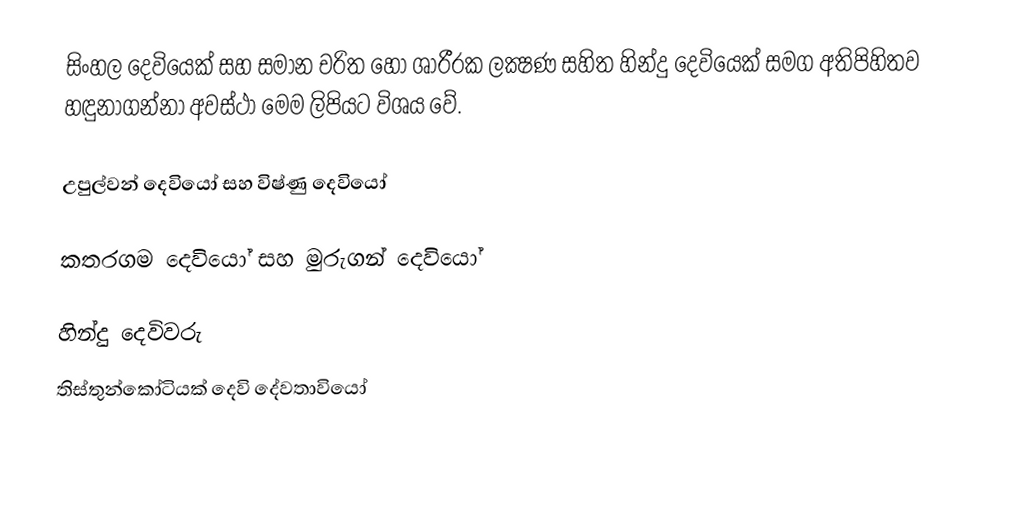
සිංහල දෙවියෙක් සහ සමාන චරිත හෝ ශාරීරක ලක්‍ෂණ සහිත හින්දු ‍දෙවියෙක් සමග අතිපිහිතව හඳුනාගන්නා අවස්ථා මෙම ලිපියට විශය වේ.

උපුල්වන් දෙවියෝ සහ විෂ්ණු දෙවියෝ

කතරගම දෙවියෝ සහ මුරුගන් දෙවියෝ

හින්දු දෙවිවරු
තිස්තුන්කෝටියක් දෙවි දේවතාවියෝ